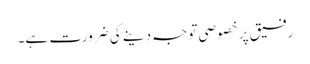
رفیق پر خصوصی توجہ دینے کی ضرورت ہے۔